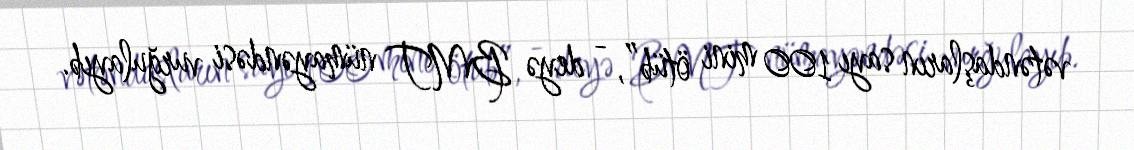
vətəndaşların sayı 100 mini ötüb”, - deyə BMT nümayəndəsi vurğulayıb.